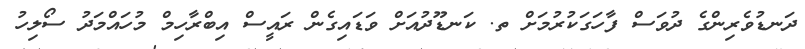
ދަނޑުވެރިންގެ ދުވަސް ފާހަގަކުރުމަށް ތ. ކަނޑޫދުއަށް ވަޑައިގެން ރައީސް އިބްރާހިމް މުހައްމަދު ސޯލިހު